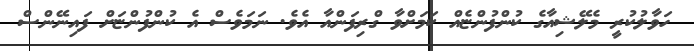
ހަވާލުކުރީ މެލޭޝިއާގެ ކުންފުންޏެއް ކަމަށްވާ ގްރިފަންއާ އެވެ. ނަމަވެސް އެ ކުންފުންޏަށް ފައިނޭންސް